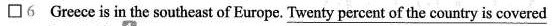
\Box 6 Greece is in the southeast of Europe. \underline{Twenty percent of the country is covered